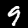
Digit: 9